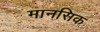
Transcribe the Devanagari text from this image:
मानसिक